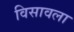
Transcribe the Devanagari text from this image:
विसावला